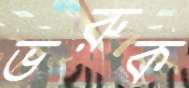
ভরুক